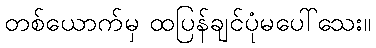
တစ်ယောက်မှ ထပြန်ချင်ပုံမပေါ်သေး။